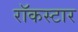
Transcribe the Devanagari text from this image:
रॉकस्‍टार